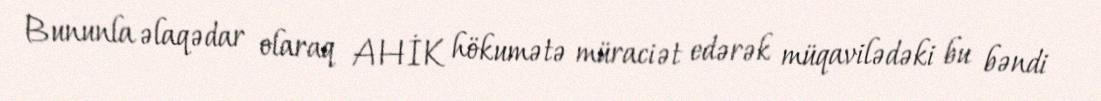
Bununla əlaqədar olaraq AHİK hökumətə müraciət edərək müqavilədəki bu bəndi